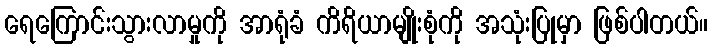
ရေကြောင်းသွားလာမှုကို အာရုံခံ ကိရိယာမျိုးစုံကို အသုံးပြုမှာ ဖြစ်ပါတယ်။